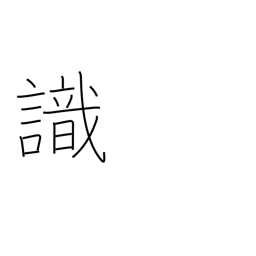
Meaning: know